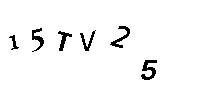
15TV25